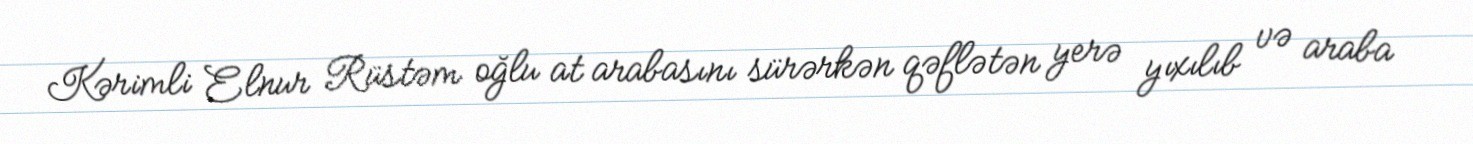
Kərimli Elnur Rüstəm oğlu at arabasını sürərkən qəflətən yerə yıxılıb və araba